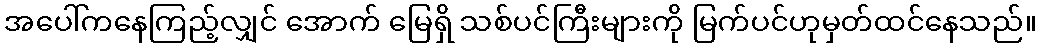
အပေါ်ကနေကြည့်လျှင် အောက် မြေရှိ သစ်ပင်ကြီးများကို မြက်ပင်ဟုမှတ်ထင်နေသည်။